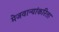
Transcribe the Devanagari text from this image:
मेजवान्यांकरिता